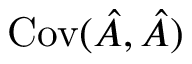
\operatorname { C o v } ( \hat { A } , \hat { A } )